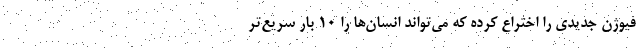
فیوژن جدیدی را اختراع کرده که می‌تواند انسان‌ها را ۱۰ بار سریع‌تر